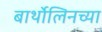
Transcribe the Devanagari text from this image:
बार्थोलिनच्या